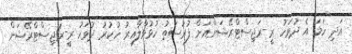
އަދި ހަމަ އެ ދުވަހު ރީ-ރަޖިސްޓްރޭޝަންއަށް ފުރުސަތު ހުޅުވާލާއިރު ހުކުރު ދުވަހު ރީ-ރަޖިސްޓްރޭޝަން